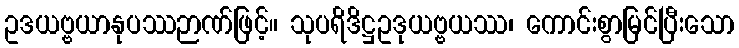
ဥဒယဗ္ဗယာနုပဿဉာဏ်ဖြင့်။ သုပရိဒိဋ္ဌဥဒုယဗ္ဗယဿ၊ ကောင်းစွာမြင်ပြီးသော